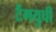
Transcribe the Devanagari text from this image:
टैंगयुची